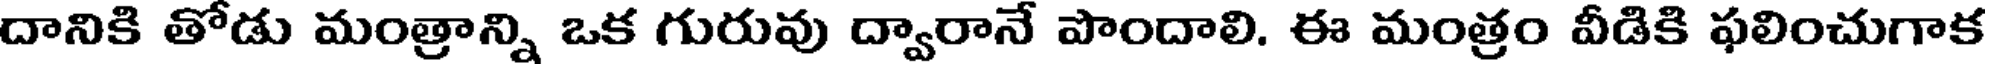
దానికి తోడు మంత్రాన్ని ఒక గురువు ద్వారానే పొందాలి. ఈ మంత్రం వీడికి ఫలించుగాక